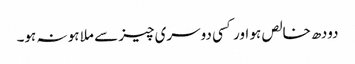
دودھ خالص ہو اور کسی دوسری چیز سے ملا ہو نہ ہو۔